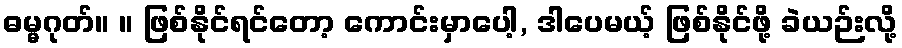
ဓမ္မဂုတ်။ ။ ဖြစ်နိုင်ရင်တော့ ကောင်းမှာပေါ့, ဒါပေမယ့် ဖြစ်နိုင်ဖို့ ခဲယဉ်းလို့